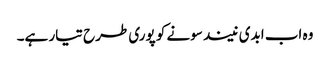
وہ اب ابدی نیند سونے کو پوری طرح تیار ہے۔